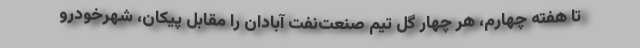
تا هفته چهارم، هر چهار گل تیم صنعت‌نفت آبادان را مقابل پیکان، شهرخودرو